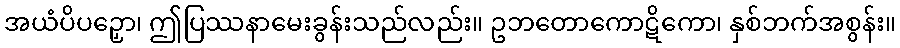
အယံပိပဉှော၊ ဤပြဿနာမေးခွန်းသည်လည်း။ ဥဘတောကောဋိကော၊ နှစ်ဘက်အစွန်း။